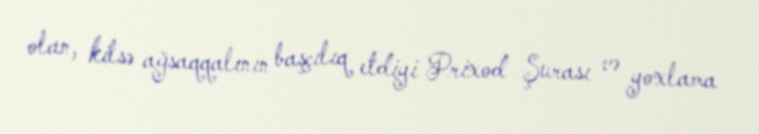
olan, kilsə ağsaqqalının başçılıq etdiyi Prixod Şurası və yoxlama